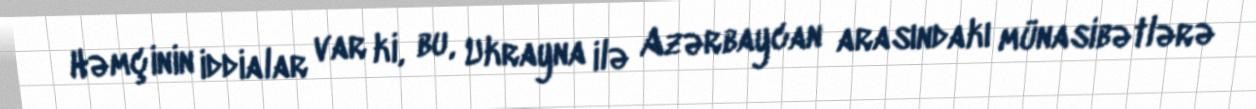
Həmçinin iddialar var ki, bu, Ukrayna ilə Azərbaycan arasındakı münasibətlərə